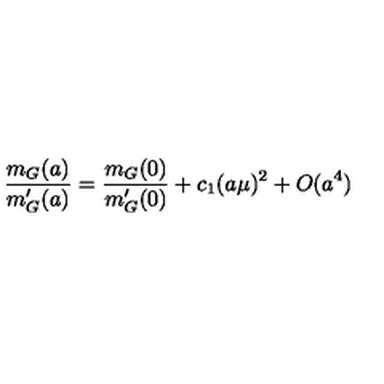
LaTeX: { \frac { m _ { G } ( a ) } { m _ { G } ^ { \prime } ( a ) } } = { \frac { m _ { G } ( 0 ) } { m _ { G } ^ { \prime } ( 0 ) } } + c _ { 1 } ( a \mu ) ^ { 2 } + O ( a ^ { 4 } )